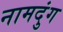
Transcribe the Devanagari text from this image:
नामदुंग